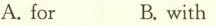
A. for B. with